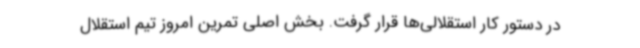
در دستور کار استقلالی‌ها قرار گرفت. بخش اصلی تمرین امروز تیم استقلال